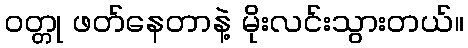
ဝတ္တု ဖတ်နေတာနဲ့ မိုးလင်းသွားတယ်။